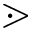
\gtrdot